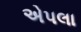
એપલા